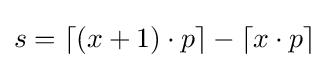
s=\lceil (x+1)\cdot p\rceil -\lceil x\cdot p\rceil